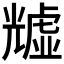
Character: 𧇺